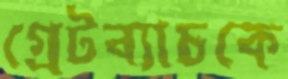
গ্রেটব্যাচকে